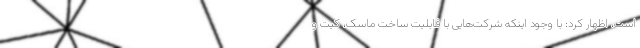
است، اظهار کرد: با وجود اینکه شرکت‌هایی با قابلیت ساخت ماسک، کیت و